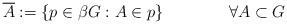
LaTeX: \begin{align*}\overline{A}:=\{p\in\beta G:A\in p\}\qquad\qquad\forall A\subset G\end{align*}